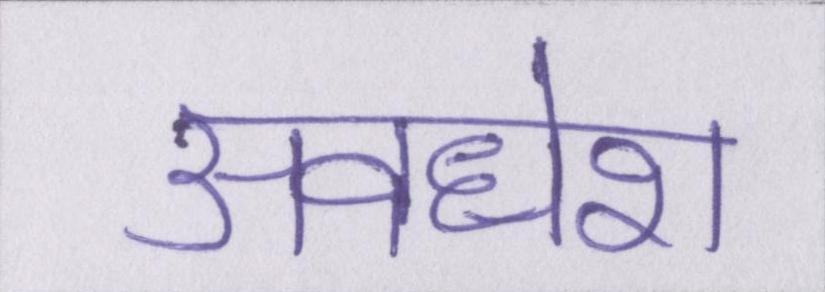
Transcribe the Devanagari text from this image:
अवधेश